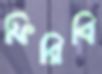
ফিরিবি